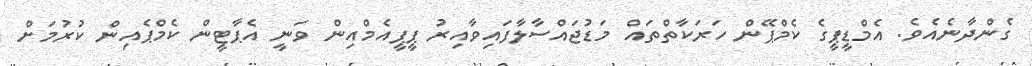
ގެންދާނެއެވެ. އެމްޑީޕީގެ ކެމްޕޭން ހަރަކާތްތައް މަޑުޖައްސާލާފައިވާއިރު ޕީޕީއެމްއިން ވަނީ އެޕާޓީން ކެމްޕެއިން ކުރުމަށް